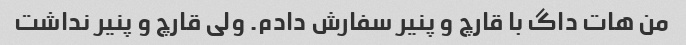
من هات داگ با قارچ و پنیر سفارش دادم. ولی قارچ و پنیر نداشت